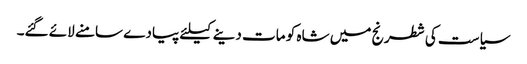
سیاست کی شطرنج میں شاہ کو مات دینے کیلئے پیادے سامنے لائے گئے۔